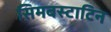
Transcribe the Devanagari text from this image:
सिमबस्टाटिन